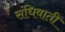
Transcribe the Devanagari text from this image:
संधिवाती